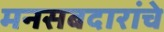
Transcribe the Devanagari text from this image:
मनसबदारांचे